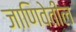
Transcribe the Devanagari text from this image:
जाणिवेतील